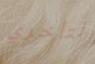
لتأخري